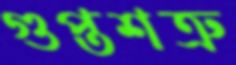
গুপ্তশত্রু